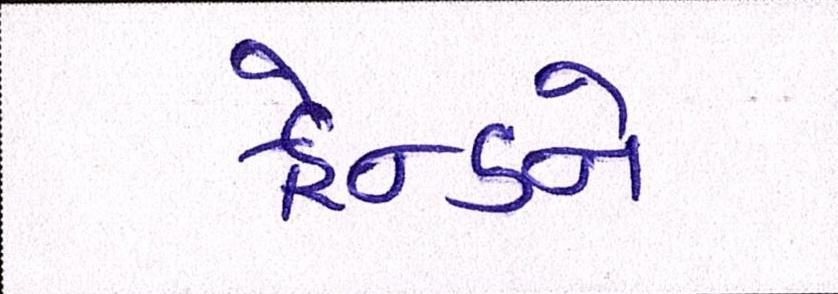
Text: ફ્રેન્ડને